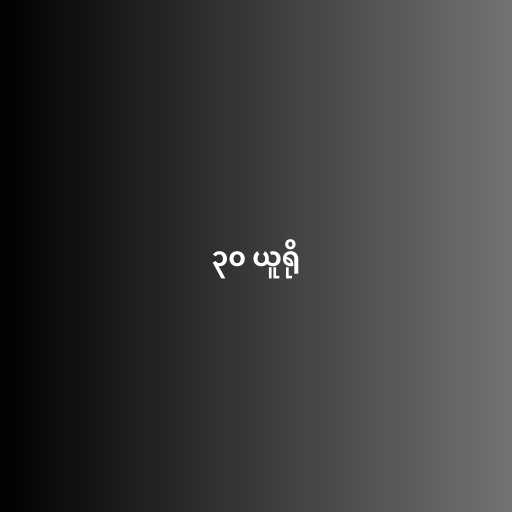
၃၀ ယူရို